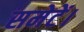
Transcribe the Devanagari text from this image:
समेटें।